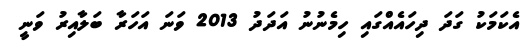
އެކަމަކު ގަދަ ދިހައެއްގައި ހިމެނުނު އަދަދު 2013 ވަނަ އަހަރާ ބަލާއިރު ވަނީ